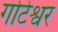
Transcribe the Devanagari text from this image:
गोटेश्वर